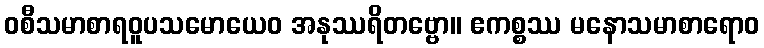
ဝစီသမာစာရဝူပသမောယေဝ အနုဿရိတဗ္ဗော။ ဧကစ္စဿ မနောသမာစာရောဝ